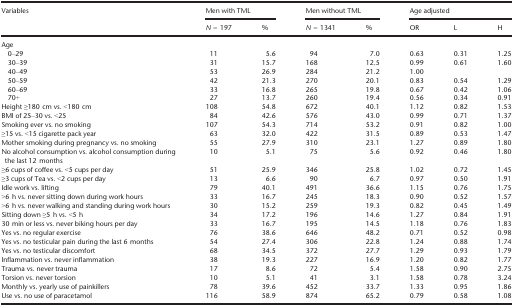
<table><thead><tr><td rowspan="2"><b>Variables</b></td><td colspan="2"><b>Men with TML</b></td><td colspan="2"><b>Men without TML</b></td><td colspan="3"><b>Age adjusted</b></td></tr><tr><td><b><i>N</i> = 197</b></td><td><b>%</b></td><td><b><i>N</i> = 1341</b></td><td><b>%</b></td><td><b>OR</b></td><td><b>L</b></td><td><b>H</b></td></tr></thead><tbody><tr><td colspan="8">Age</td></tr><tr><td>0–29</td><td>11</td><td>5.6</td><td>94</td><td>7.0</td><td>0.63</td><td>0.31</td><td>1.25</td></tr><tr><td>30–39</td><td>31</td><td>15.7</td><td>168</td><td>12.5</td><td>0.99</td><td>0.61</td><td>1.60</td></tr><tr><td>40–49</td><td>53</td><td>26.9</td><td>284</td><td>21.2</td><td>1.00</td><td></td><td></td></tr><tr><td>50–59</td><td>42</td><td>21.3</td><td>270</td><td>20.1</td><td>0.83</td><td>0.54</td><td>1.29</td></tr><tr><td>60–69</td><td>33</td><td>16.8</td><td>265</td><td>19.8</td><td>0.67</td><td>0.42</td><td>1.06</td></tr><tr><td>70+</td><td>27</td><td>13.7</td><td>260</td><td>19.4</td><td>0.56</td><td>0.34</td><td>0.91</td></tr><tr><td>Height ≥180 cm vs. &lt;180 cm</td><td>108</td><td>54.8</td><td>672</td><td>40.1</td><td>1.12</td><td>0.82</td><td>1.53</td></tr><tr><td>BMI of 25–30 vs. &lt;25</td><td>84</td><td>42.6</td><td>576</td><td>43.0</td><td>0.99</td><td>0.71</td><td>1.37</td></tr><tr><td>Smoking ever vs. no smoking</td><td>107</td><td>54.3</td><td>714</td><td>53.2</td><td>0.91</td><td>0.82</td><td>1.00</td></tr><tr><td>≥15 vs. &lt;15 cigarette pack year</td><td>63</td><td>32.0</td><td>422</td><td>31.5</td><td>0.89</td><td>0.53</td><td>1.47</td></tr><tr><td>Mother smoking during pregnancy vs. no smoking</td><td>55</td><td>27.9</td><td>310</td><td>23.1</td><td>1.27</td><td>0.89</td><td>1.80</td></tr><tr><td>No alcohol consumption vs. alcohol consumption during the last 12 months</td><td>10</td><td>5.1</td><td>75</td><td>5.6</td><td>0.92</td><td>0.46</td><td>1.80</td></tr><tr><td>≥6 cups of coffee vs. &lt;5 cups per day</td><td>51</td><td>25.9</td><td>346</td><td>25.8</td><td>1.02</td><td>0.72</td><td>1.45</td></tr><tr><td>≥3 cups of Tea vs. &lt;2 cups per day</td><td>13</td><td>6.6</td><td>90</td><td>6.7</td><td>0.97</td><td>0.50</td><td>1.91</td></tr><tr><td>Idle work vs. lifting</td><td>79</td><td>40.1</td><td>491</td><td>36.6</td><td>1.15</td><td>0.76</td><td>1.75</td></tr><tr><td>&gt;6 h vs. never sitting down during work hours</td><td>33</td><td>16.7</td><td>245</td><td>18.3</td><td>0.90</td><td>0.52</td><td>1.57</td></tr><tr><td>&gt;6 h vs. never walking and standing during work hours</td><td>30</td><td>15.2</td><td>259</td><td>19.3</td><td>0.82</td><td>0.45</td><td>1.49</td></tr><tr><td>Sitting down ≥5 h vs. &lt;5 h</td><td>34</td><td>17.2</td><td>196</td><td>14.6</td><td>1.27</td><td>0.84</td><td>1.91</td></tr><tr><td>30 min or less vs. never biking hours per day</td><td>33</td><td>16.7</td><td>195</td><td>14.5</td><td>1.18</td><td>0.76</td><td>1.83</td></tr><tr><td>Yes vs. no regular exercise</td><td>76</td><td>38.6</td><td>646</td><td>48.2</td><td>0.71</td><td>0.52</td><td>0.98</td></tr><tr><td>Yes vs. no testicular pain during the last 6 months</td><td>54</td><td>27.4</td><td>306</td><td>22.8</td><td>1.24</td><td>0.88</td><td>1.74</td></tr><tr><td>Yes vs. no testicular discomfort</td><td>68</td><td>34.5</td><td>372</td><td>27.7</td><td>1.29</td><td>0.93</td><td>1.79</td></tr><tr><td>Inflammation vs. never inflammation</td><td>38</td><td>19.3</td><td>227</td><td>16.9</td><td>1.20</td><td>0.82</td><td>1.77</td></tr><tr><td>Trauma vs. never trauma</td><td>17</td><td>8.6</td><td>72</td><td>5.4</td><td>1.58</td><td>0.90</td><td>2.75</td></tr><tr><td>Torsion vs. never torsion</td><td>10</td><td>5.1</td><td>41</td><td>3.1</td><td>1.58</td><td>0.78</td><td>3.24</td></tr><tr><td>Monthly vs. yearly use of painkillers</td><td>78</td><td>39.6</td><td>452</td><td>33.7</td><td>1.33</td><td>0.95</td><td>1.86</td></tr><tr><td>Use vs. no use of paracetamol</td><td>116</td><td>58.9</td><td>874</td><td>65.2</td><td>0.79</td><td>0.58</td><td>1.08</td></tr></tbody></table>